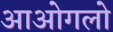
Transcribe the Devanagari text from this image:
आओगलो